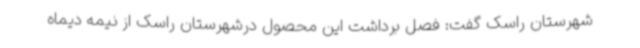
شهرستان راسک گفت: فصل برداشت این محصول درشهرستان راسک از نیمه دیماه